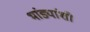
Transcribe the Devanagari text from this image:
भांड्यांशी